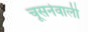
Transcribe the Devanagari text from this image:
चूसनेवाली